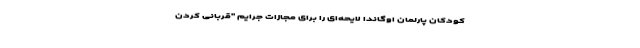
کودکان پارلمان اوگاندا لایحه‌ای را برای مجازات جرایم "قربانی کردن